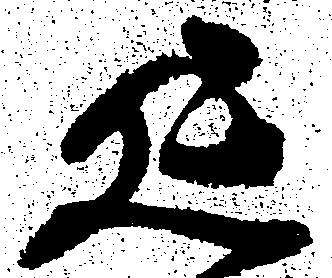
延